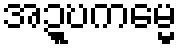
အဍ္ဎကမ္မေ